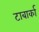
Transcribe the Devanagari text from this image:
टाबार्का